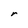
Character: r